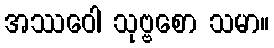
အဿဝေါ သုဗ္ဗစော သမာ။